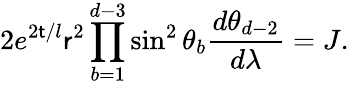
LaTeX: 2e^{2{\sf t}/l}{\sf r}^{2}\prod_{b=1}^{d-3}\sin^{2}\theta_{b}\frac{d\theta_{d-2}}{d\lambda}=J.